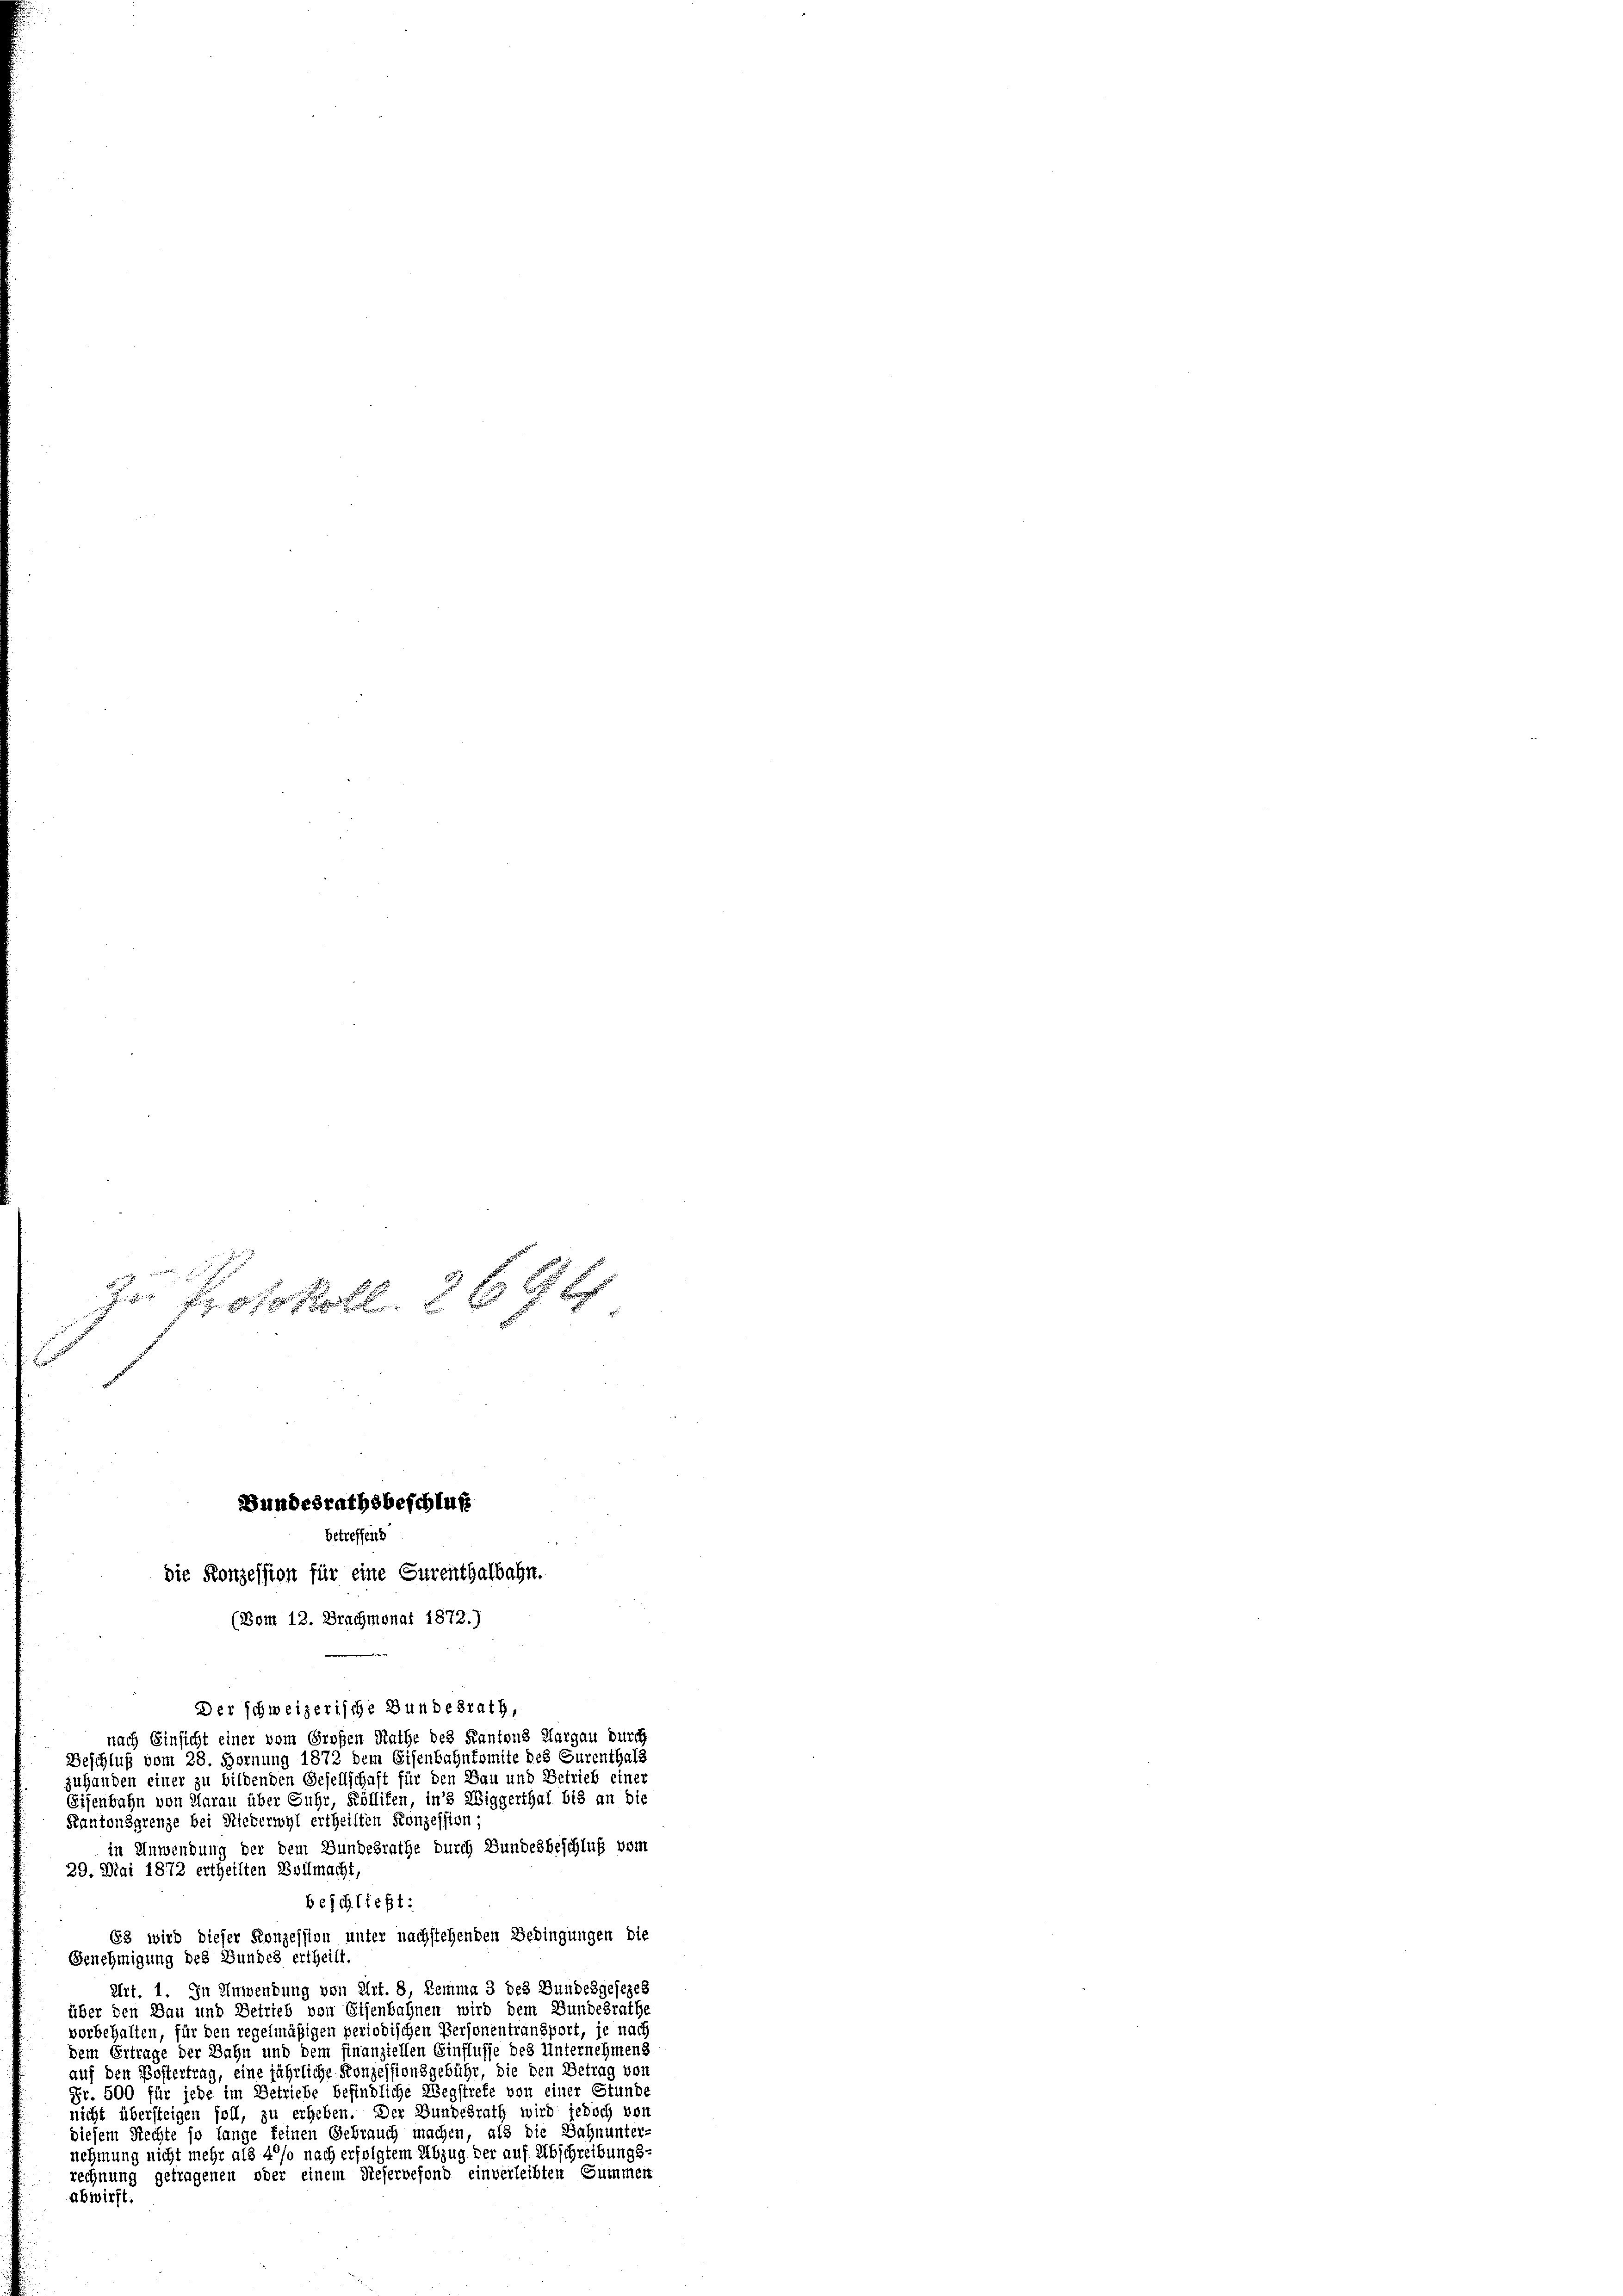
Der schweizerische Bundesrath,
nach Einsicht einer vom Großen Rathe des Kantons Aargau durch
Beschluß vom 28. Hornung 1872 dem Eisenbahnkomite des Surenthals
zuhanden einer zu bildenden Gesellschaft für den Bau und Betrieb einer
Eisenbahn von Harau über Guhr, Röllifen, in 3 Wiggerthal bis an die
Kantonsgrenze bei Niederwyl ertheilten Konzession
in Anwendung der dem Bundesrathe durch Bundesbeschluß vom
29. Mai 1872 ertheilten Vollmacht,
beschließt:
63 wird dieser Konzession unter nachstehenden Bedingungen die
Genehmigung des Bundes ertheilt.
Art. 1. In Anwendung von Art. 8, Lemma 3 des Bundesgesezes
über den Bau und Betrieb von Eisenbahnen wird dem Bundesrathe
vorbehalten, für den regelmäßigen periodischen Personentransport, je nach
dem Ertrage der Bahn und dem finanziellen Einflusse des Unternehmens
auf den Kostertrag, eine jährliche Konzessionsgebühr, die den Betrag von
Fr. 500 für jede im Betriebe befindliche Wegstrete von einer Stunde
nicht übersteigen soll, zu erheben. Der Bundesrath wird jedoch von
diesem Rechte so lange keinen Gebrauch machen, als die Bahnunter-
nehmung nicht mehr als 4°/o nach erfolgtem Abzug der auf Abschreibungs-
rechnung getragenen oder einem Dieservefond einverleibten Summen
abwirft.

I Protokoll. 369 f

Bundesrathsbeschluß
betreffend
die Konzession für eine Gurenthalbahn.
(Bom 12. Brachmonat 1872.)